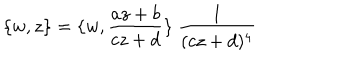
\{ w , z \} = \{ w , \frac { a z + b } { c z + d } \} ~ \frac { 1 } { ( c z + d ) ^ { 4 } }